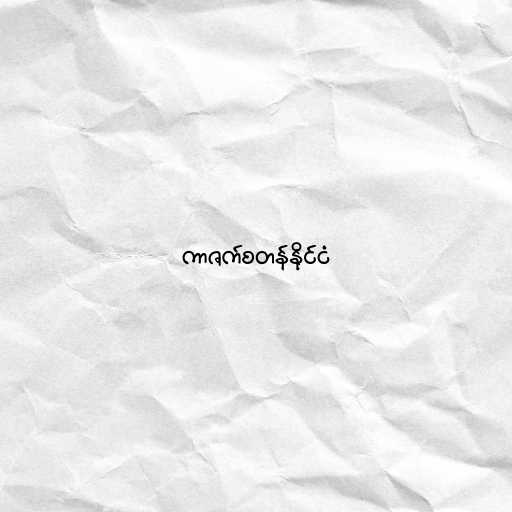
ကာဇက်စတန်နိုင်ငံ